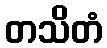
တသိတံ